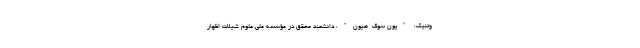
وتنیک، "یون سوک-هیون"، دانشمند محقق در مؤسسه ملی علوم شیلات اظهار